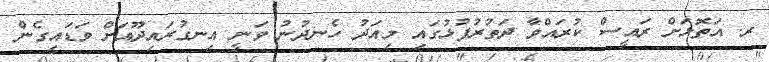
ރ. އަތޮޅަށް ރައީސް ކުރައްވާ ދަތުރުފުޅުގައި މިއަދު ހެނދުނު ވަނީ އިނގުރައިދޫއަށް ވަޑައިގެން